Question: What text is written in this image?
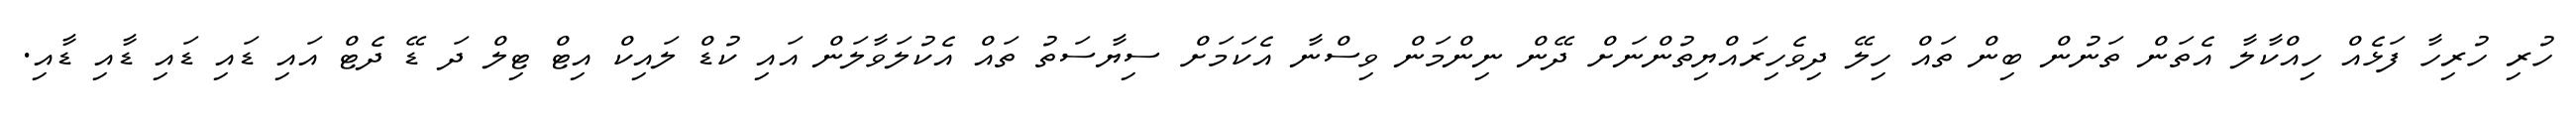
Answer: ހުރި ހުރިހާ ފަޅެއް ހިއްކާލާ އެތަން ތަނުން ބިން ތައް ހިލޭ ދިވެހިރައްޔިތުންނަށް ދޭން ނިންމަން ވިސްނާ އެކަމަށް ސިޔާސަތު ތައް އެކުލަވާލަން އައި ކުޑް ލައިކް އިޓް ޓިލް ދަ ޑޭ ދެޓް އައި ޑައި ޑައި ޑާއި ޑާއި.